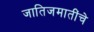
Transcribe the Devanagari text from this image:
जातिजमातींचे